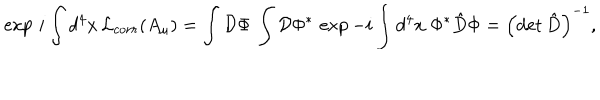
LaTeX: \exp \, i \int d ^ { 4 } x \, { \cal L } _ { c o r r } ( A _ { \mu } ) = \int { \cal D } \Phi \, \int { \cal D } \Phi ^ { * } \, \exp - i \int d ^ { 4 } x \; \Phi ^ { * } { \hat { D } } \Phi = \left( \mathrm { d e t } \, { \hat { D } } \right) ^ { - 1 } ,